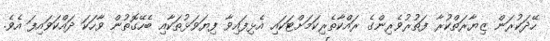
ހޭދަކުރަން ޒިޔާރަތްކުރާ ފަތުރުވެރިންގެ ރައްކާތެރިކަމަށްޓަކައި އެޅިފައިވާ ފިޔަވަޅުތަކާއި ބެހޭގޮތުން ވާހަކަ ދައްކަވައިފަ އެވެ.